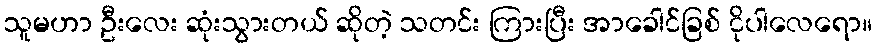
သူမဟာ ဦးလေး ဆုံးသွားတယ် ဆိုတဲ့ သတင်း ကြားပြီး အာခေါင်ခြစ် ငိုပါလေရော။